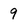
Character: 9